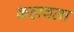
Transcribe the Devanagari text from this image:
कहावता